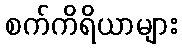
စက်ကိရိယာများ